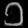
Digit: ၁